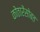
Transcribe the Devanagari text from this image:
कोठारेंसोबत